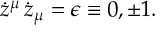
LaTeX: \dot { z } ^ { \mu } \, \dot { z } _ { \mu } = \epsilon \equiv 0 , \pm 1 .